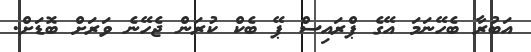
އަބުރާ ބެހޭނަމަ އޭގެ ޕްރައިސް ޕޭ ބެކް ކުރަން ޖެހޭނެ ވަރަށް ބޮޑަށް.